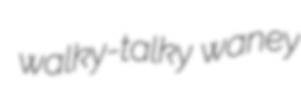
walky-talky waney